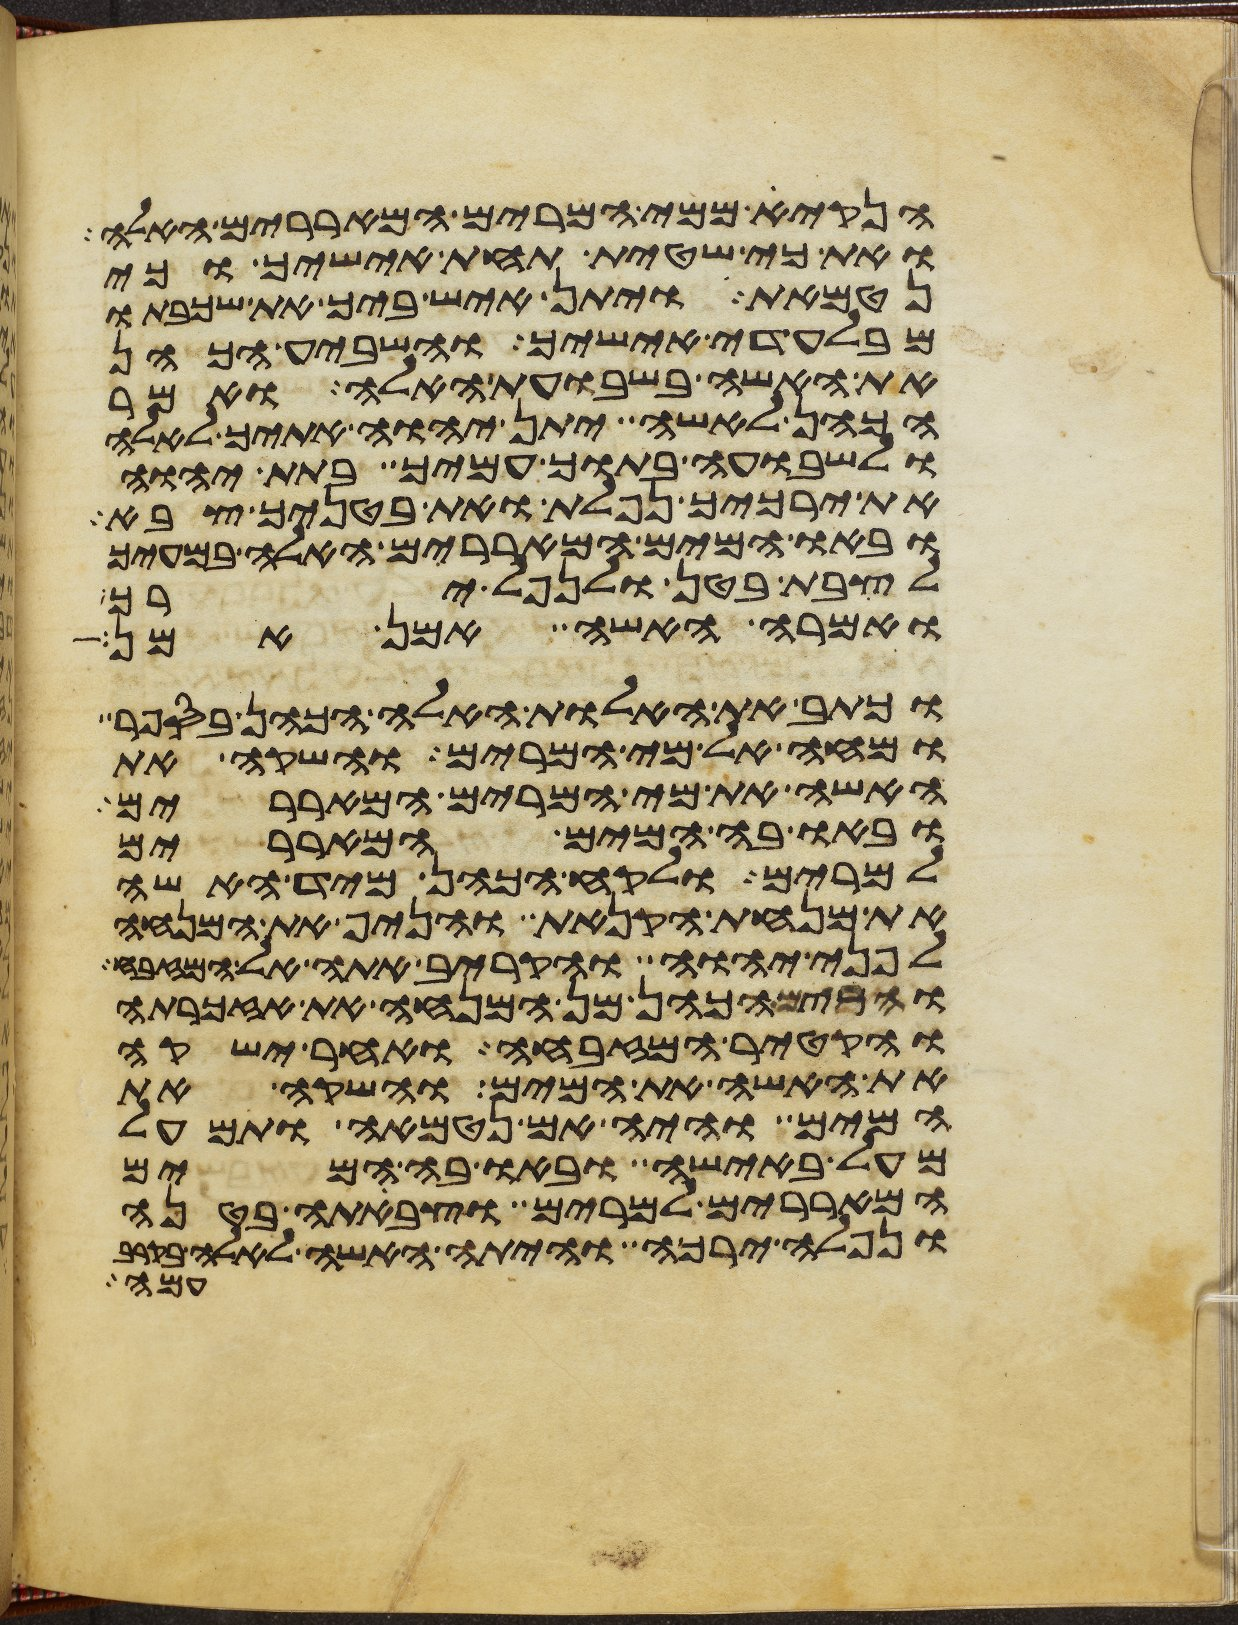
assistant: הנקי ממי המרים המאררים האלה
ואת כי שטית תחת אישיך וכי
נטמאת ויתן איש ביך את שכבתו
מבלעדי אישיך והשביע הכהן
את האשה בשבועת האלה ואמר
הכהן לאשה יתן יהוה אתיך לאלה
ולשבועה בתוך עמיך בתת יהוה
את ירכיך נפלת ואת בטניך צבא
ובאו המים המאררים האלה במעיך
לצבת בטן ולנפל ירך
ואמרה האשה אמן אמן
וכתב את האלות האלה הכהן בספר
ומחה אל מי המרים והשקה את
האשה את מי המרים המאררים
ובאו בה המים המאררים
למרים ולקח הכהן מיד האשה
את מנחת הקנאת והניף את המנחה
לפני יהוה והקריב אתה אל המזבח
והרים הכהן מן המנחה את אזכרתה
והקטיר המזבחה ואחר ישקה
את האשה את המים והשקה את
המים והיה אם נטמאה ותמעל
מעל באישה ובאו בה המים
המאררים למרים וצבתה בטנה
ונפלה ירכה והיתה האשה לאלה
עמה